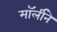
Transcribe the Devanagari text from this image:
मॉर्लीने